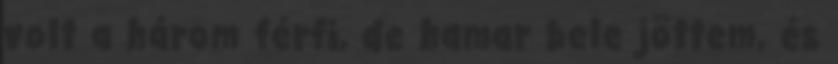
volt a három férfi, de hamar bele jöttem, és